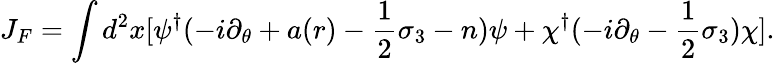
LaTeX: J_{F}=\int d^{2}x[\psi^{\dagger}(-i\partial_{\theta}+a(r)-{\frac{1}{2}}\sigma_{3}-n)\psi+\chi^{\dagger}(-i\partial_{\theta}-{\frac{1}{2}}\sigma_{3})\chi].